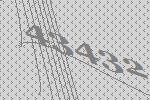
43432